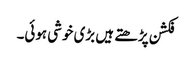
فکشن پڑھتے ہیں بڑی خوشی ہوئی۔